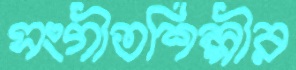
সংগীতশিল্পীর